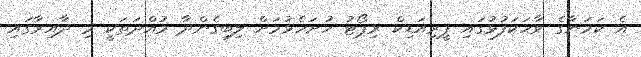
އެ ކަމަނާގެ ވާހަކަފުޅުގައި ޕީރިއަޑިކް ރިޕޯޓު ހުށަހެޅުމަށް ލިބިގެންދާ މުއްދަތަކީ މި ދާއިރާގައި